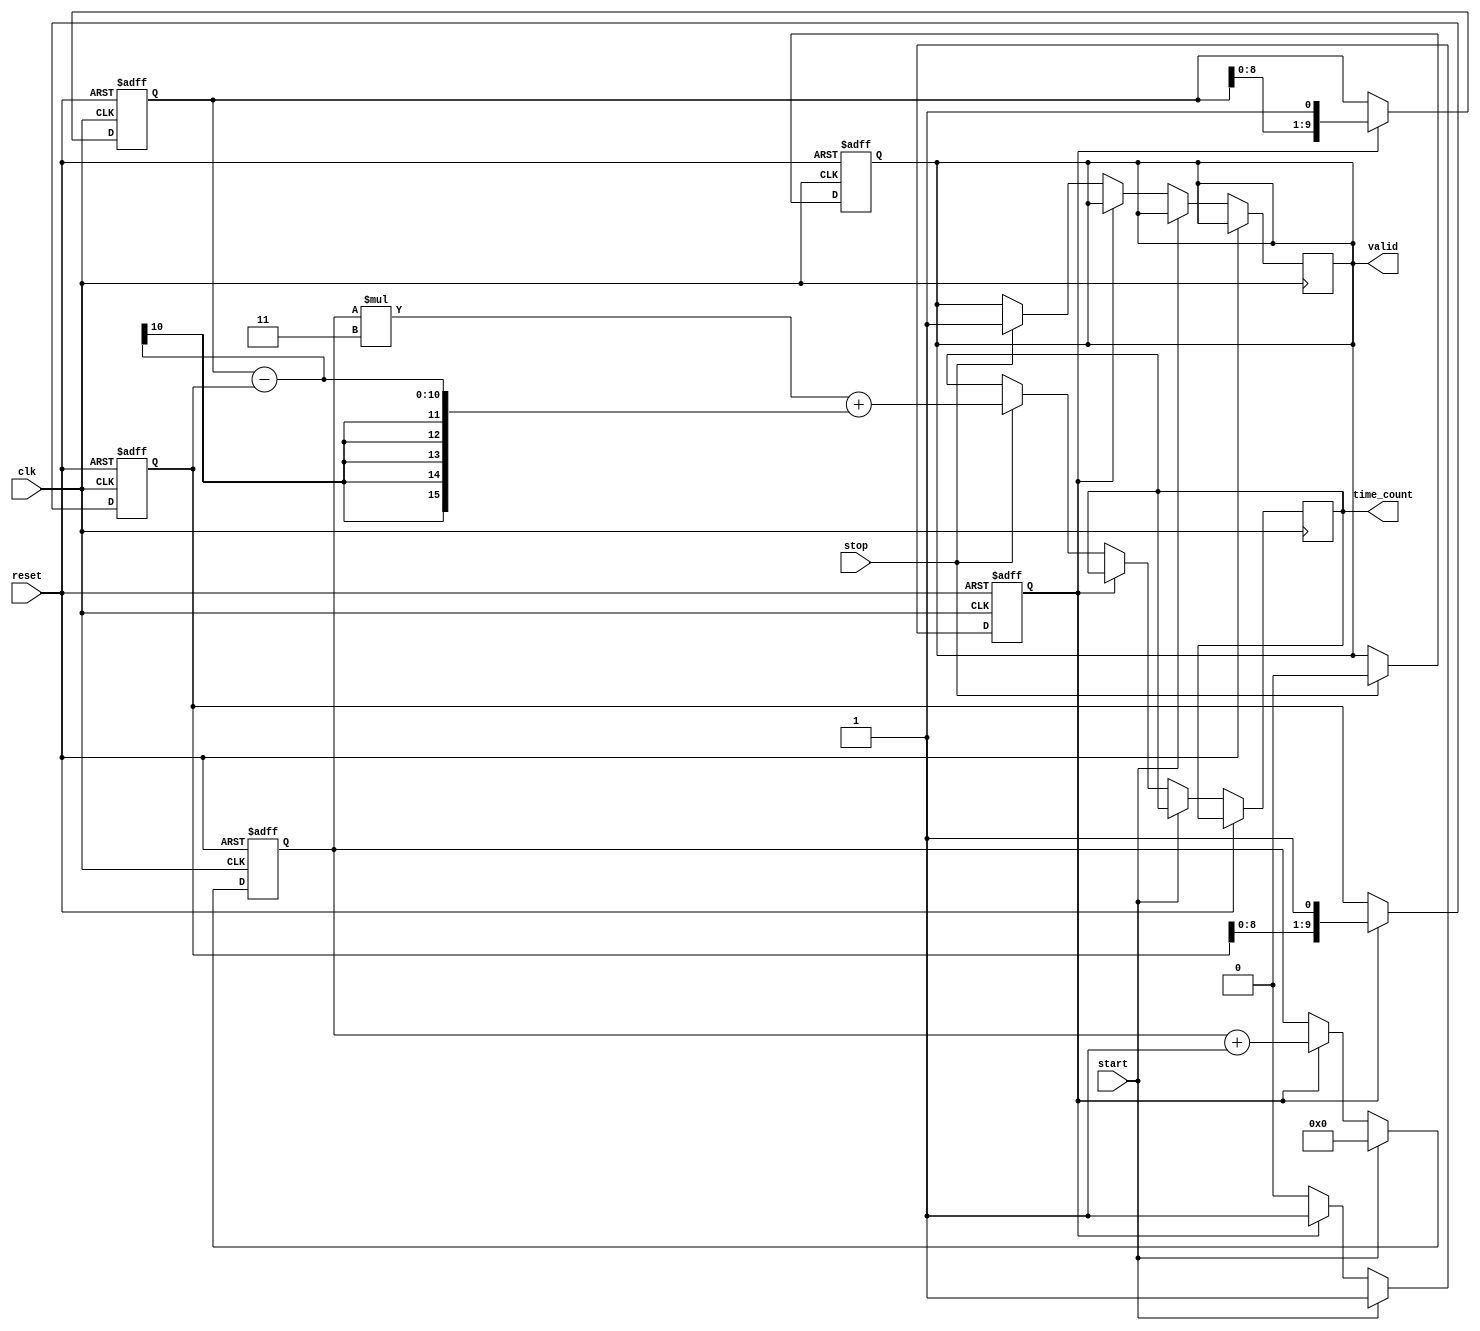
module TDC (
    input wire clk,               // Clock signal
    input wire reset,             // Reset signal
    input wire start,             // Start signal
    input wire stop,              // Stop signal
    output reg [15:0] time_count, // Output time measurement
    output reg valid              // Valid output signal
);

    // Parameters
    parameter NUM_DELAY_STAGES = 10; // Number of delay stages
    parameter DELAY_A = 2; // Delay for Line A
    parameter DELAY_B = 1; // Delay for Line B

    // Internal signals
    reg [NUM_DELAY_STAGES-1:0] delay_line_a;
    reg [NUM_DELAY_STAGES-1:0] delay_line_b;
    reg [15:0] counter;          // Counter for clock cycles
    reg measuring;               // Measuring state

    // Initialize output
    initial begin
        time_count = 0;
        valid = 0;
        counter = 0;
        measuring = 0;
        delay_line_a = 0;
        delay_line_b = 0;
    end

    // Vernier Delay Lines generation
    always @(posedge clk or posedge reset) begin
        if (reset) begin
            delay_line_a <= 0;
            delay_line_b <= 0;
        end else if (measuring) begin
            delay_line_a <= {delay_line_a[NUM_DELAY_STAGES-2:0], 1'b1}; // Simulate delay line A
            delay_line_b <= {delay_line_b[NUM_DELAY_STAGES-2:0], 1'b1}; // Simulate delay line B
        end
    end

    // Counter logic
    always @(posedge clk or posedge reset) begin
        if (reset) begin
            counter <= 0;
            measuring <= 0;
        end else if (start) begin
            measuring <= 1;
            counter <= 0; // Reset counter on start
        end else if (measuring) begin
            counter <= counter + 1; // Increment counter while measuring
        end else if (stop) begin
            measuring <= 0;
            valid <= 1; // Set valid signal when measurement is complete
            // Combine counter and delay line outputs
            time_count <= counter * (DELAY_A + DELAY_B) + (delay_line_a - delay_line_b);
        end
    end

    // Output valid signal management
    always @(posedge clk or posedge reset) begin
        if (reset) begin
            valid <= 0;
        end else if (stop) begin
            valid <= 0; // Reset valid signal after reading
        end
    end

endmodule